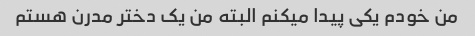
من خودم یکی پیدا میکنم البته من یک دختر مدرن هستم